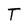
Character: T